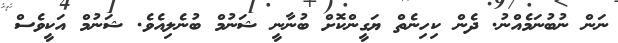
ނަން ނުބުނަމެއްނު. ދެން ކިހިނެތް ޔަގީންކޮށް ބުނާނީ ޝަނުމް ބުނެލިއެވެ. ޝަނުމް އަކީވެސް